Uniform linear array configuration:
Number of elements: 48
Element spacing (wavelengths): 0.75
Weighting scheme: hamming
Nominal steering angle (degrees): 0
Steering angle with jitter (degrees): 0.4718
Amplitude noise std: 0.05
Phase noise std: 0.05

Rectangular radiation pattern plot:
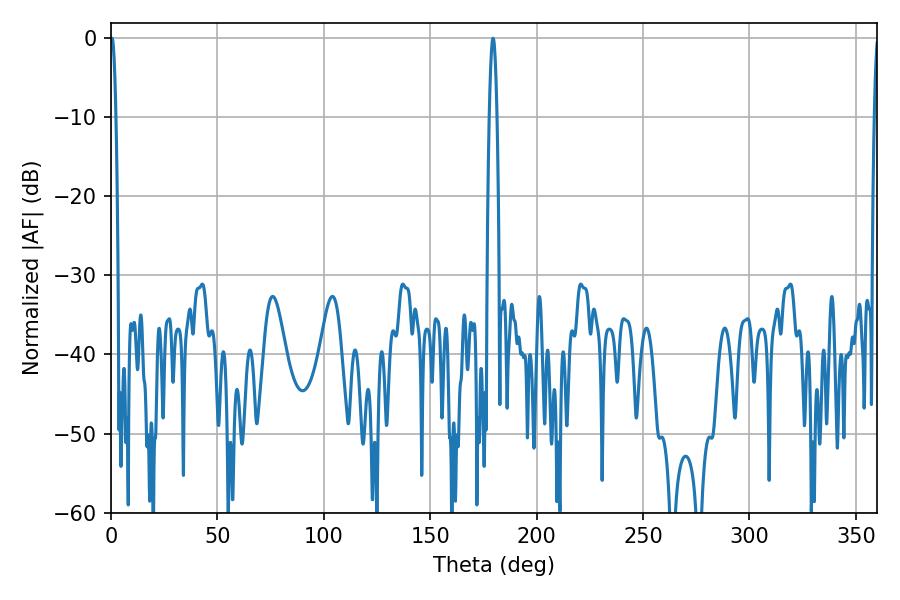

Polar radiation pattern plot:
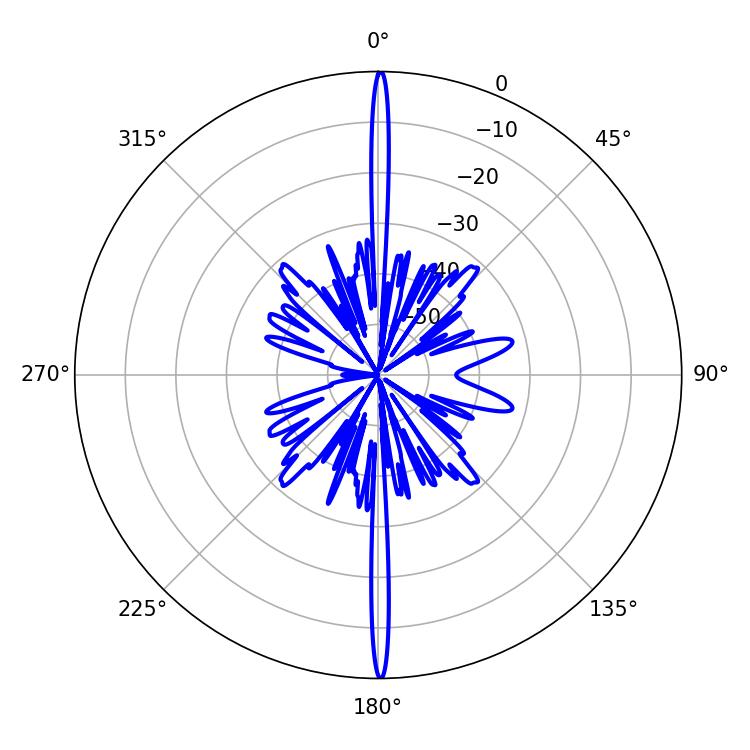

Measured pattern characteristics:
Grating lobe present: TRUE
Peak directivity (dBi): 34.659
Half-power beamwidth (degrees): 1.44
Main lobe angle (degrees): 0.54